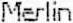
MERLIN